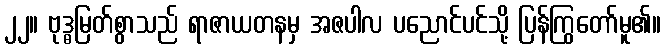
၂၂။ ဗုဒ္ဓမြတ်စွာသည် ရာဇာယတနမှ အဇပါလ ပညောင်ပင်သို့ ပြန်ကြွတော်မူ၏။